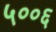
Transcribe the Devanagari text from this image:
५००६